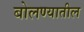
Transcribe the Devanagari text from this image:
बोलण्यातील